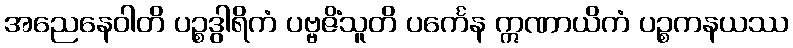
အညေနေဝါတိ ပဉ္စဒွါရိကံ ပဗ္ဗဇိံသူတိ ပင်္ကေန ဣဏာယိကံ ပဉ္စကနယဿ